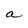
Character: a